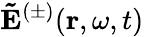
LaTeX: \mathbf{\tilde{E}}^{(\pm)}(\mathbf{r},\omega,t)